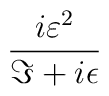
\frac{i\varepsilon ^{2}}{\Im +i\epsilon }